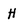
Character: H